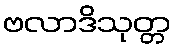
ဗလာဒိသုတ္တ